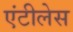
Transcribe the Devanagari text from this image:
एंटीलेस